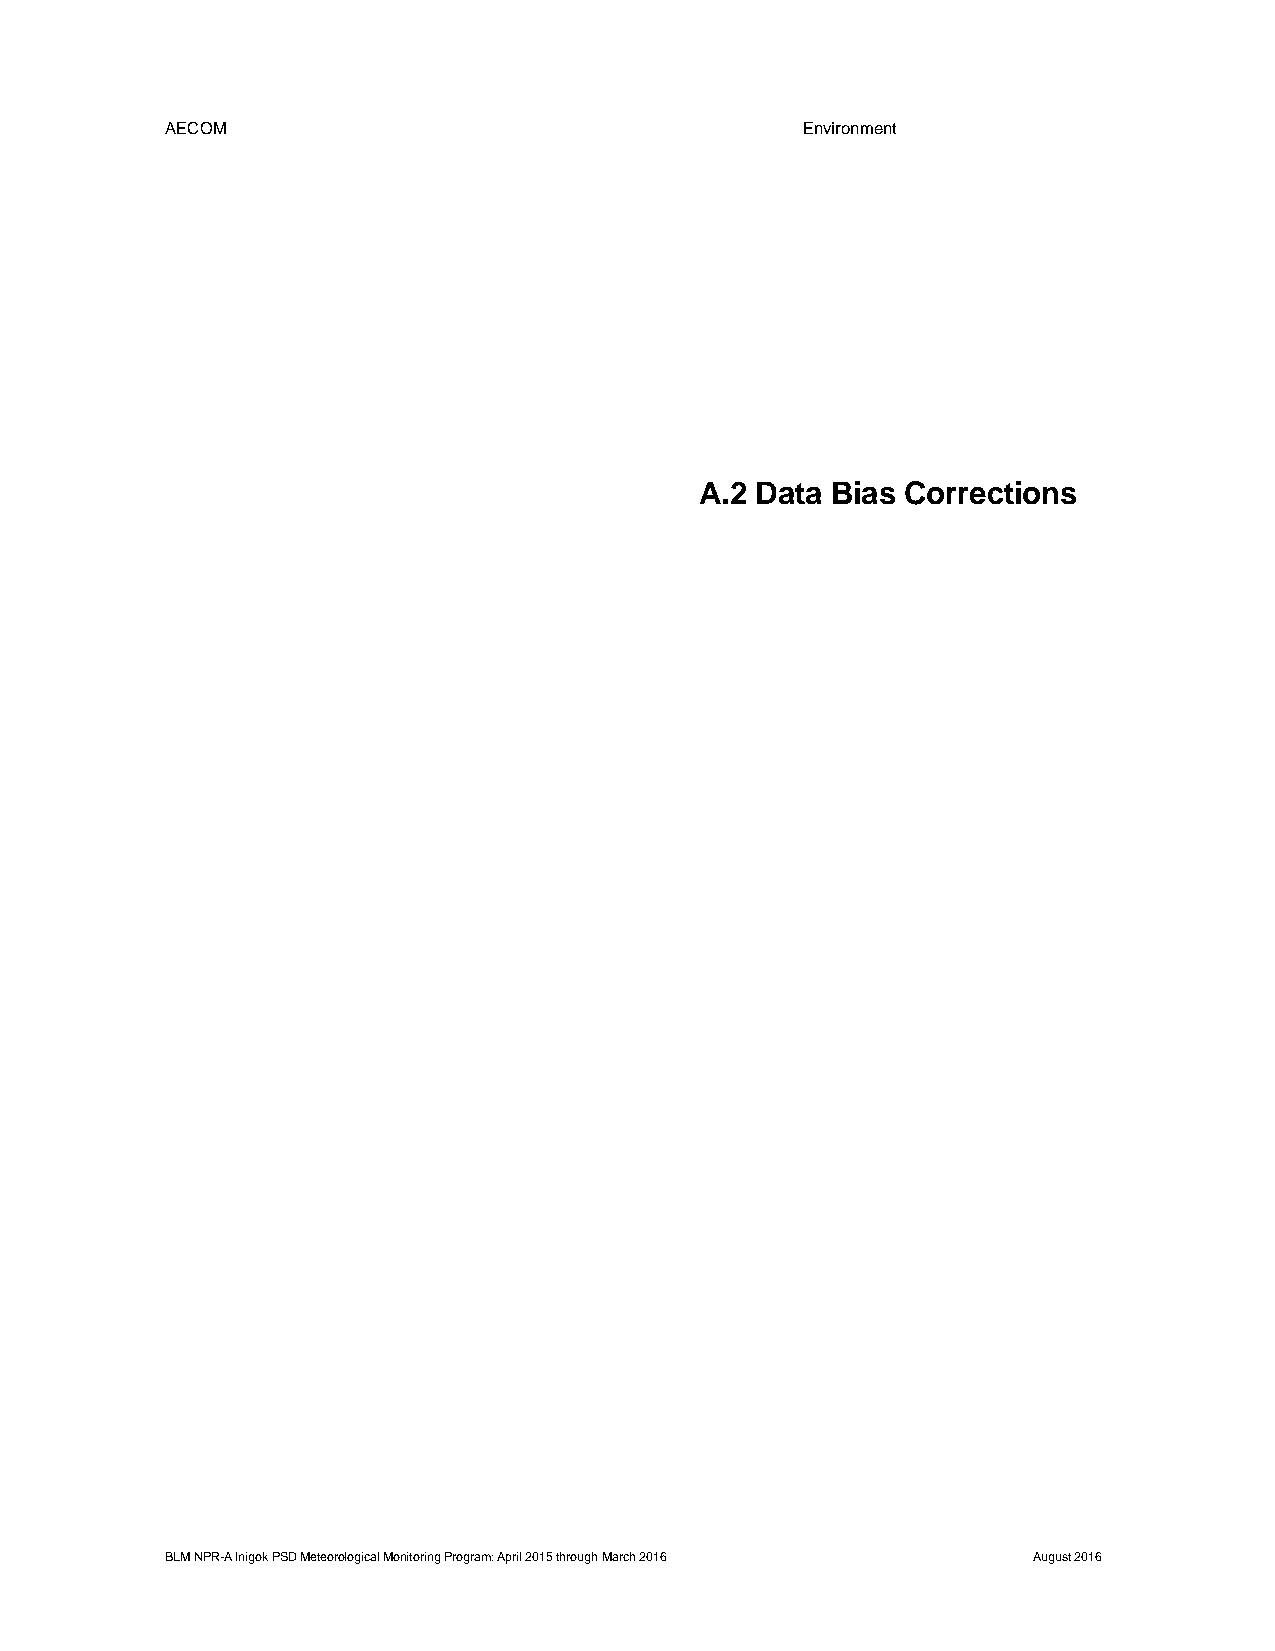
AECOM                                     Environment
 A.2 Data Bias Corrections
 BLM NPR-A Inigok PSD Meteorological Monitoring Program: April 2015 through March 2016 August 2016